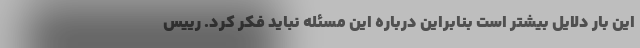
این بار دلایل بیشتر است بنابراین درباره این مسئله نباید فکر کرد. رییس